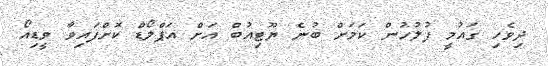
ދިވެހި ގައުމީ ފުލުހުން ކަމަށް ބުނެ ޔޫޓިއުބް އަށް އަޕްލޯޑް ކޮށްފައިވާ ވީޑިއޯ